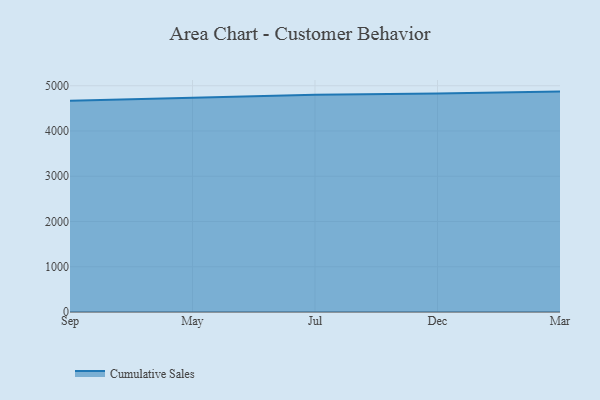
{"axis": {"x": "Month", "y": "Revenue (USD Million)"}, "legend": ["Cumulative Sales"], "data": [{"x": "Sep", "y": 4669.5, "type": "Cumulative Sales"}, {"x": "May", "y": 4735.0, "type": "Cumulative Sales"}, {"x": "Jul", "y": 4801.8, "type": "Cumulative Sales"}, {"x": "Dec", "y": 4829.1, "type": "Cumulative Sales"}, {"x": "Mar", "y": 4870.3, "type": "Cumulative Sales"}]}